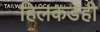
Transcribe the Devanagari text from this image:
हिलकडेही